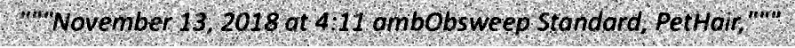
"""November 13, 2018 at 4:11 ambObsweep Standard, PetHair,"""